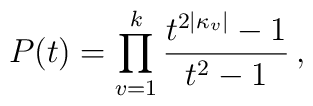
P(t) = \prod_{v=1}^k \frac{t^{2 |\kappa_v|}-1}{t^2-1} \, ,